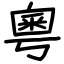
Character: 粵